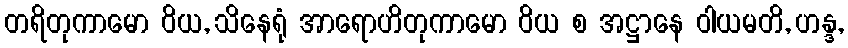
တရိတုကာမော ဝိယ, သိနေရုံ အာရောဟိတုကာမော ဝိယ စ အဋ္ဌာနေ ဝါယမတိ, ဟန္ဒ,